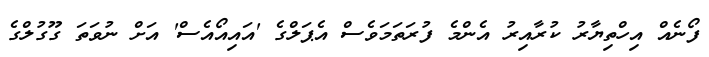
ފޯނެއް އިހްތިޔާރު ކުރާއިރު އެންމެ ފުރަތަމަވެސް އެޕަލްގެ 'އައިއޯއެސް' އަށް ނުވަތަ ގޫގުލްގެ